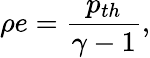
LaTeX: \rho e=\frac{p_{th}}{\gamma-1},